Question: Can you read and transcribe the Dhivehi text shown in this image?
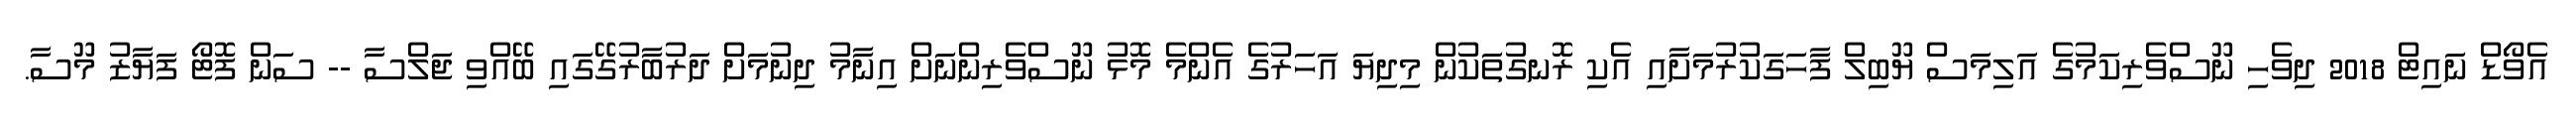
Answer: އެވޯޑް ނައިޓް 2018 ދިވެހި ނޫސްވެރިކަމުގެ އަލިމަސް ޔޫބިލް ފާހަގަކުރުމަށާއި އެކި ރޮނގުތަކުން މިދިޔަ އަހަރުގެ އެންމެ މޮޅު ނޫސްވެރިންނަށް އިނާމު ދިނުމަށް ދަރުބާރުގޭގައި ބޭއްވި ޖަލްސާ -- ސަން ފޮޓޯ ފަޔާޒު މޫސާ.